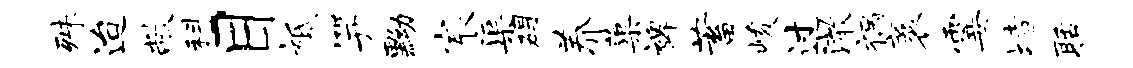
殊迨敝科目祗笄黝宸渠碍养蕖裨蓄峻过澈祸袤霎堵聒